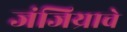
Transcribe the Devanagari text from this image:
जंजिय्राचे